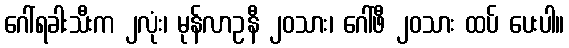
ဂေါ်ရခါးသီးက ၂လုံး၊ မုန်လာဥနီ ၂၀သား၊ ဂေါ်ဖီ ၂၀သား ထပ် ပေးပါ။